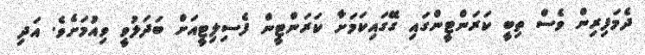
ދެމަފިރިން ވެސް ތިބީ ކަރަންޓީންގައި ގޭގައިކަމަށާ ކަރަންޓީން ފެސިލިޓީއަށް ބަދަލުވީ ވިއުމަށެވެ. އަދި